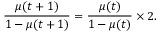
\frac { \mu ( t + 1 ) } { 1 - \mu ( t + 1 ) } = \frac { \mu ( t ) } { 1 - \mu ( t ) } \times 2 .